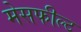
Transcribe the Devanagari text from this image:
मेसफील्ट